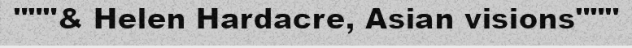
"""& Helen Hardacre, Asian visions"""